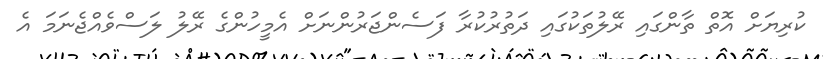
ކުރިޔަށް އޮތް ތާންގައި ރޭލުތަކުގައި ދަތުރުކުރާ ފަސެންޖަރުންނަށް އެމީހުންގެ ރޭލު ލަސްވެއްޖެނަމަ އެ